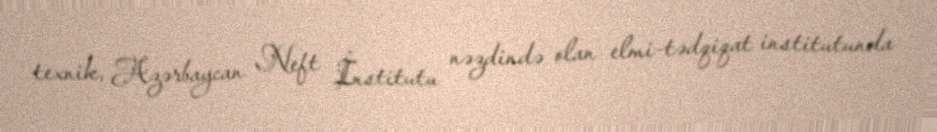
texnik, Azərbaycan Neft İnstitutu nəzdində olan elmi-tədqiqat institutunda